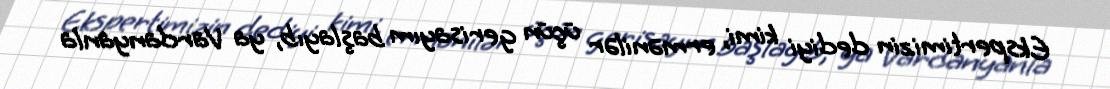
Ekspertimizin dediyi kimi, ermənilər üçün gerisayım başlayıb, ya Vardanyanla